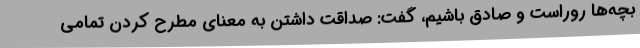
بچه‌ها روراست و صادق باشیم، گفت: صداقت داشتن به معنای مطرح کردن تمامی